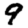
Digit: 9